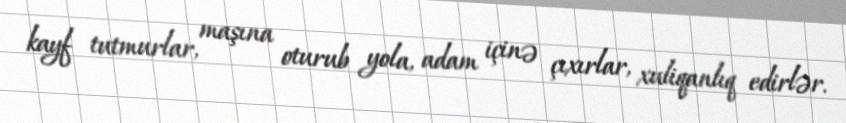
kayf tutmurlar, maşına oturub yola, adam içinə çıxırlar, xuliqanlıq edirlər.